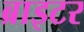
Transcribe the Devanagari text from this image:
ब्राइटर